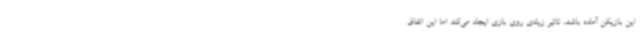
این بازیکن آماده باشد، تاثیر زیادی روی بازی ایجاد می‌کند اما این اتفاق